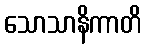
သောသာနိကာတိ